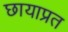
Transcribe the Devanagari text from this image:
छायाप्रत